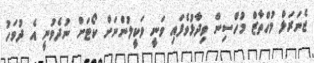
ޖެނަރަލް މުހްތާޒް މުހްސިން ވިދާޅުވެފައި ވަނީ ވަކީލުންނަށް ކޯޓަށް ނުދެވުނީ އެ ދުވަހު